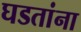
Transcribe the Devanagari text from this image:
घडतांना